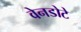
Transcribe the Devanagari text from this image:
वेनडोटे